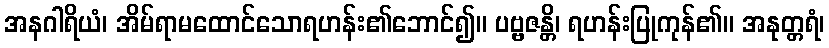
အနဂါရိယံ၊ အိမ်ရာမထောင်သောရဟန်း၏ဘောင်၍။ ပဗ္ဗဇန္တိ၊ ရဟန်းပြုကုန်၏။ အနုတ္တရံ၊